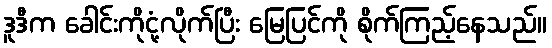
ဒူဒီက ခေါင်းကိုငုံ့လိုက်ပြီး မြေပြင်ကို စိုက်ကြည့်နေသည်။